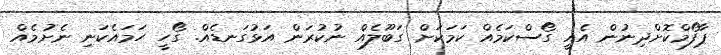
ޕާފޯމްކޮށްދިނުން އެއީ ގޯސްކަމެއް ކަމަކަށް ގަބޫލެއް ނުކުރަން އަޅުގަނޑެއް. ގޯހީ ހަމައެކަނި ނެށުމެއް